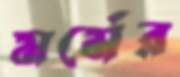
মর্মের